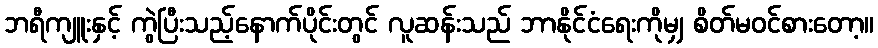
ဘရီကျူးနှင့် ကွဲပြီးသည့်နောက်ပိုင်းတွင် လူဆန်းသည် ဘာနိုင်ငံရေးကိုမျှ စိတ်မဝင်စားတော့။